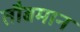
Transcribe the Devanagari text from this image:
तौबमान